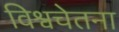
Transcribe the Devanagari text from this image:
विश्वचेतना